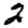
Digit: 2